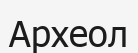
Археол